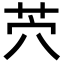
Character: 茓